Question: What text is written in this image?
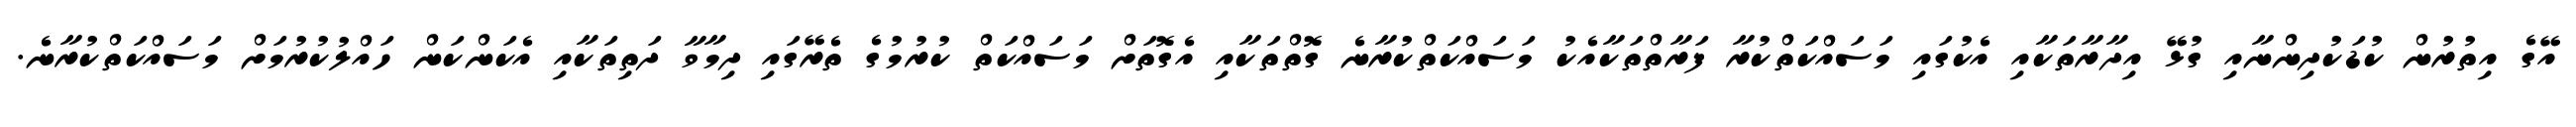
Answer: އޭގެ އިތުރުން ކުޑަކުދިންނާއި ގުޅޭ އިދާރާތަކާއި އެކުގައި މަސައްކަތްކުރާ ފަރާތްތަކާއެކު މަސައްކަތްކުރާނެ ގޮތްތަކާއި އެގޮތަށް މަސައްކަތް ކުރުމުގެ ތެރޭގައި ދިމާވާ ދަތިތަކާއި އެކަންކަން ހައްލުކުރުމަށް މަސައްކަތްކުރާނެ.